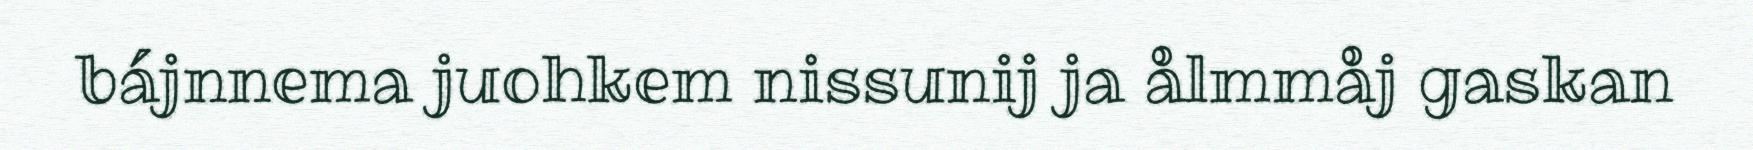
bájnnema juohkem nissunij ja ålmmåj gaskan